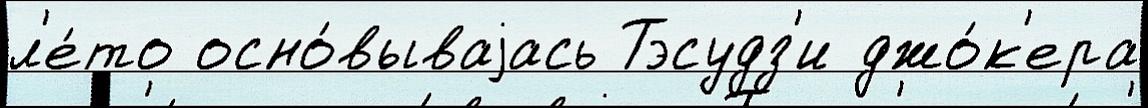
л'е́то осно́вываjась Тэсудз'и джо́к'ера